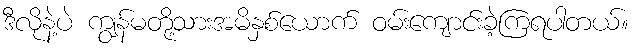
ဒီလိုနဲ့ပဲ ကျွန်မတို့သားအမိနှစ်ယောက် ဝမ်းကျောင်းခဲ့ကြရပါတယ်။